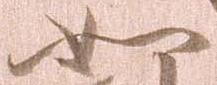
如